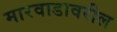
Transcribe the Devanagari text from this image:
मारवाडावरील